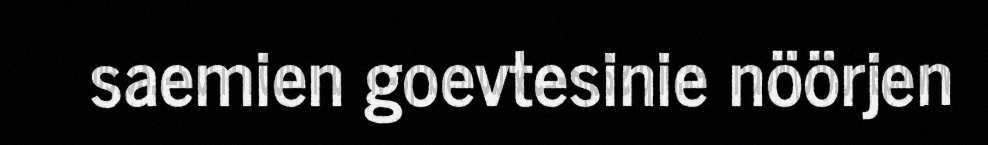
saemien goevtesinie nöörjen